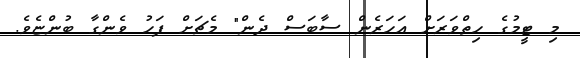
މި ޓީމުގެ ހިތްވަރަށް އަހަރެން ސާބަސް ދެން" މެޗަށް ފަހު ވެންގާ ބުންޏެވެ.